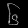
Digit: ၆